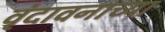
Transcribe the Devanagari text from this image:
वृंदावनाच्या